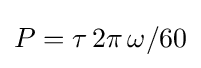
P=\tau \,2\pi \,\omega /60